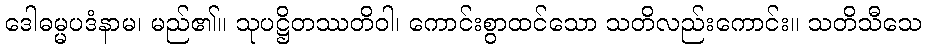
ဒေါဓမ္မပဒံနာမ၊ မည်၏။ သုပဋ္ဌိတဿတိဝါ၊ ကောင်းစွာထင်သော သတိလည်းကောင်း။ သတိသီသေ